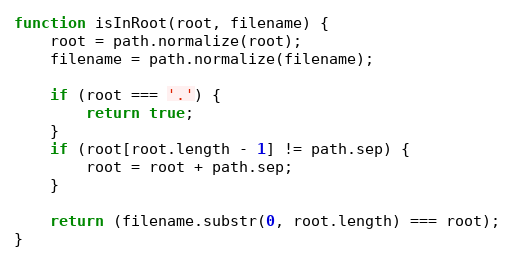
Language: JavaScript
function isInRoot(root, filename) {
    root = path.normalize(root);
    filename = path.normalize(filename);

    if (root === '.') {
        return true;
    }
    if (root[root.length - 1] != path.sep) {
        root = root + path.sep;
    }

    return (filename.substr(0, root.length) === root);
}